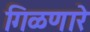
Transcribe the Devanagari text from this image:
गिळणारे